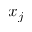
x _ { j }